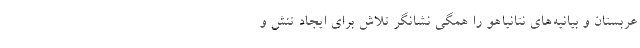
عربستان و بیانیه‌های نتانیاهو را همگی نشانگر تلاش برای ایجاد تنش و